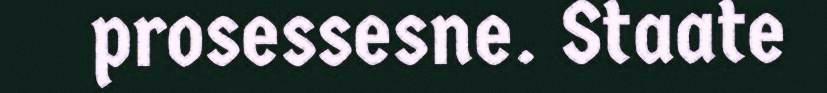
prosessesne. Staate